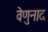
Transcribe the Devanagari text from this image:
वेणुनाद